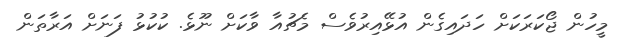
މީހުން ޖޯކަރަކަށް ހަދައިގެން އުޅޭއިރުވެސް މެޗުއާ ވާކަށް ނޫޅެ. ކުކުޅު ފަނަށް އަރާތަން